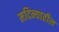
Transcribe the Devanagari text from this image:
मदिन्यातील